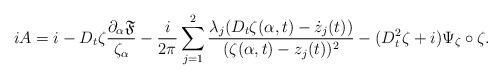
LaTeX: \begin{align*}iA=i-D_t\zeta \frac{\partial_{\alpha} \mathfrak{F}}{\zeta_{\alpha}}-\frac{i}{2\pi}\sum_{j=1}^2 \frac{\lambda_j(D_t\zeta(\alpha,t)-\dot{z}_j(t))}{(\zeta(\alpha,t)-z_j(t))^2}-(D_t^2\zeta+i)\Psi_{\zeta}\circ \zeta.\end{align*}